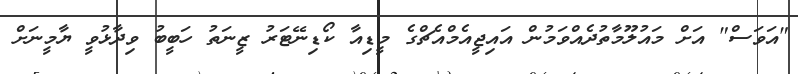
"އަވަސް" އަށް މައުލޫމާތުދެއްވަމުން އައިޖީއެމްއެޗްގެ މީޑިއާ ކޯޑިނޭޓަރު ޒީނަތު ހަބީބު ވިދާޅުވީ ޔާމީނަށް